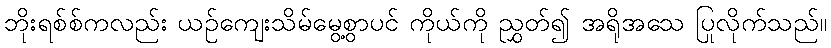
ဘိုးရစ်စ်ကလည်း ယဉ်ကျေးသိမ်မွေ့စွာပင် ကိုယ်ကို ညွှတ်၍ အရိုအသေ ပြုလိုက်သည်။